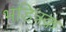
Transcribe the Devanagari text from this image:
भडित्रक